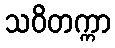
သဝိတက္ကာ